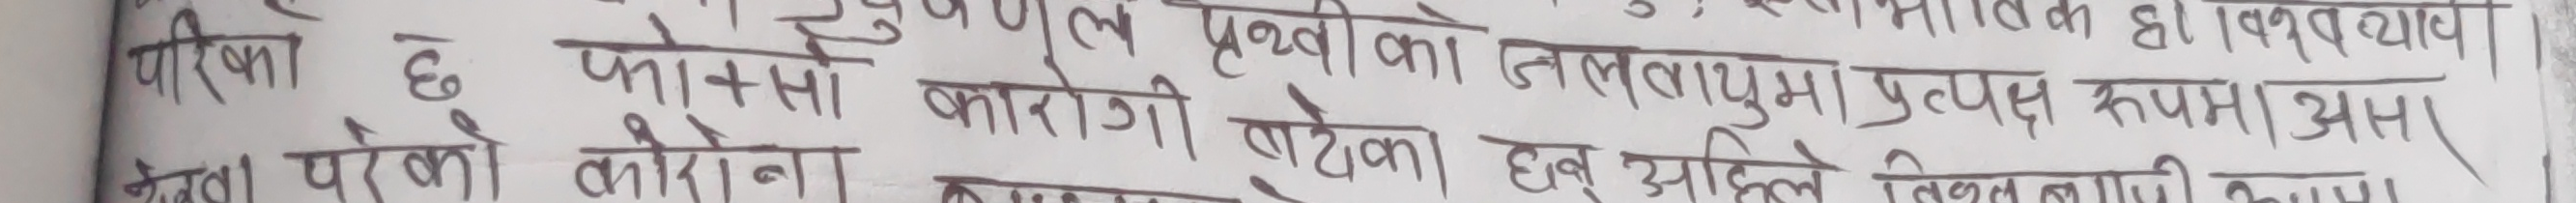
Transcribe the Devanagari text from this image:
...मातिक हो। १ अध्याय
परिक्षा छ। फासो कोरोना। पृथ्वीको जलतापमा प्रत्यक्ष रूपमा असर।
लेला परेको कोरोना। हरु अहिले विश्वमाथि आक्रमण